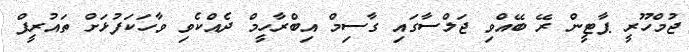
ޖުމްހޫރީ ޕާޓީން ރޭ ބޭއްވި ޖަލްސާގައި ގާސިމް އިބްރާހީމް ދެއްކެވި ވާހަކަފުޅަށް ތައުރީފް